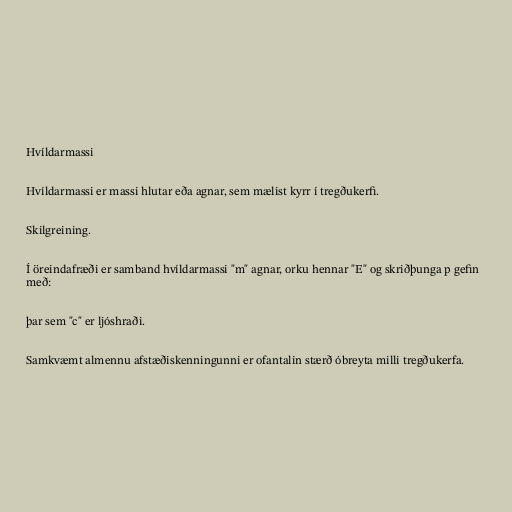
Hvíldarmassi

Hvíldarmassi er massi hlutar eða agnar, sem mælist kyrr í tregðukerfi.

Skilgreining.

Í öreindafræði er samband hvíldarmassi "m" agnar, orku hennar "E" og skriðþunga p gefin
með:

þar sem "c" er ljóshraði.

Samkvæmt almennu afstæðiskenningunni er ofantalin stærð óbreyta milli tregðukerfa.